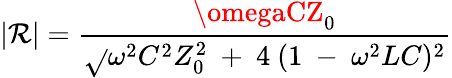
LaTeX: |\mathcal{R}|={\frac{{\omegaCZ_{0}}}{{\sqrt{}{{\omega^{2}C^{2}Z_{0}^{2}~+~4~(1~-~\omega^{2}LC)^{2}}}}}}